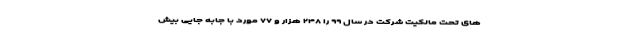
های تحت مالکیت شرکت در سال ۹۹ را ۲۴۸ هزار و ۷۷ مورد با جابه جایی بیش